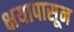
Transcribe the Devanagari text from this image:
क्षयापासून